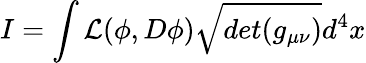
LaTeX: I=\int{\cal L}(\phi,D\phi)\sqrt{det(g_{\mu\nu})}d^{4}x